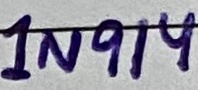
Text: 1N914